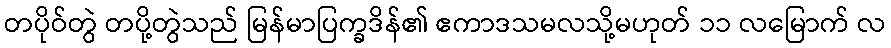
တပိုဝ်တွဲ တပို့တွဲသည် မြန်မာပြက္ခဒိန်၏ ဧကာဒသမလသို့မဟုတ် ၁၁ လမြောက် လ